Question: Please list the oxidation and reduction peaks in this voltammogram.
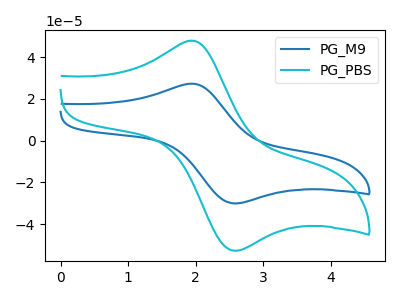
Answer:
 <answer>The blue curve "PG_M9" has an anodic peak at (1.95V, 27.30uA) and a cathodic peak at (2.60V, -30.10uA). The cyan curve "PG_PBS" has an anodic peak at (1.95V, 47.85uA) and a cathodic peak at (2.60V, -52.80uA).</answer>
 <eval></eval>